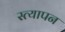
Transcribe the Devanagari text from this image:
स्त्यापन